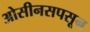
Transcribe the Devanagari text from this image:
ओसीनसपसून